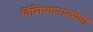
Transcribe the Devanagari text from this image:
र्विशिष्यानाख्येयो